Report on the working of the mental hospitals for Indians in Bihar and Orissa - 1925-1929
Year: 1925
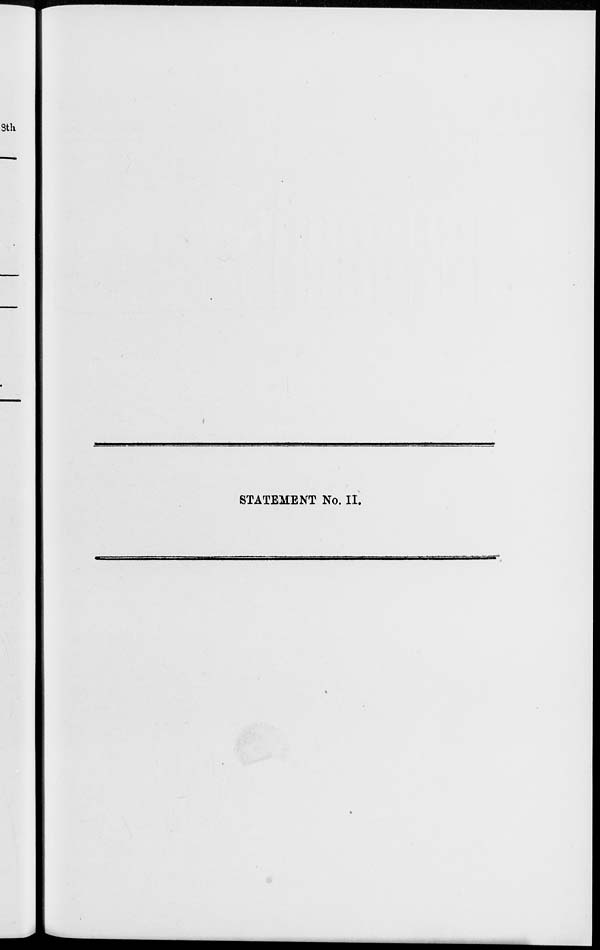
STATEMENT No. II.